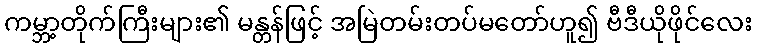
ကမ္ဘာ့တိုက်ကြီးများ၏ မန္တန်ဖြင့် အမြဲတမ်းတပ်မတော်ဟူ၍ ဗီဒီယိုဖိုင်လေး